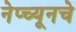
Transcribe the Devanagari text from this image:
नेप्च्यूनचे